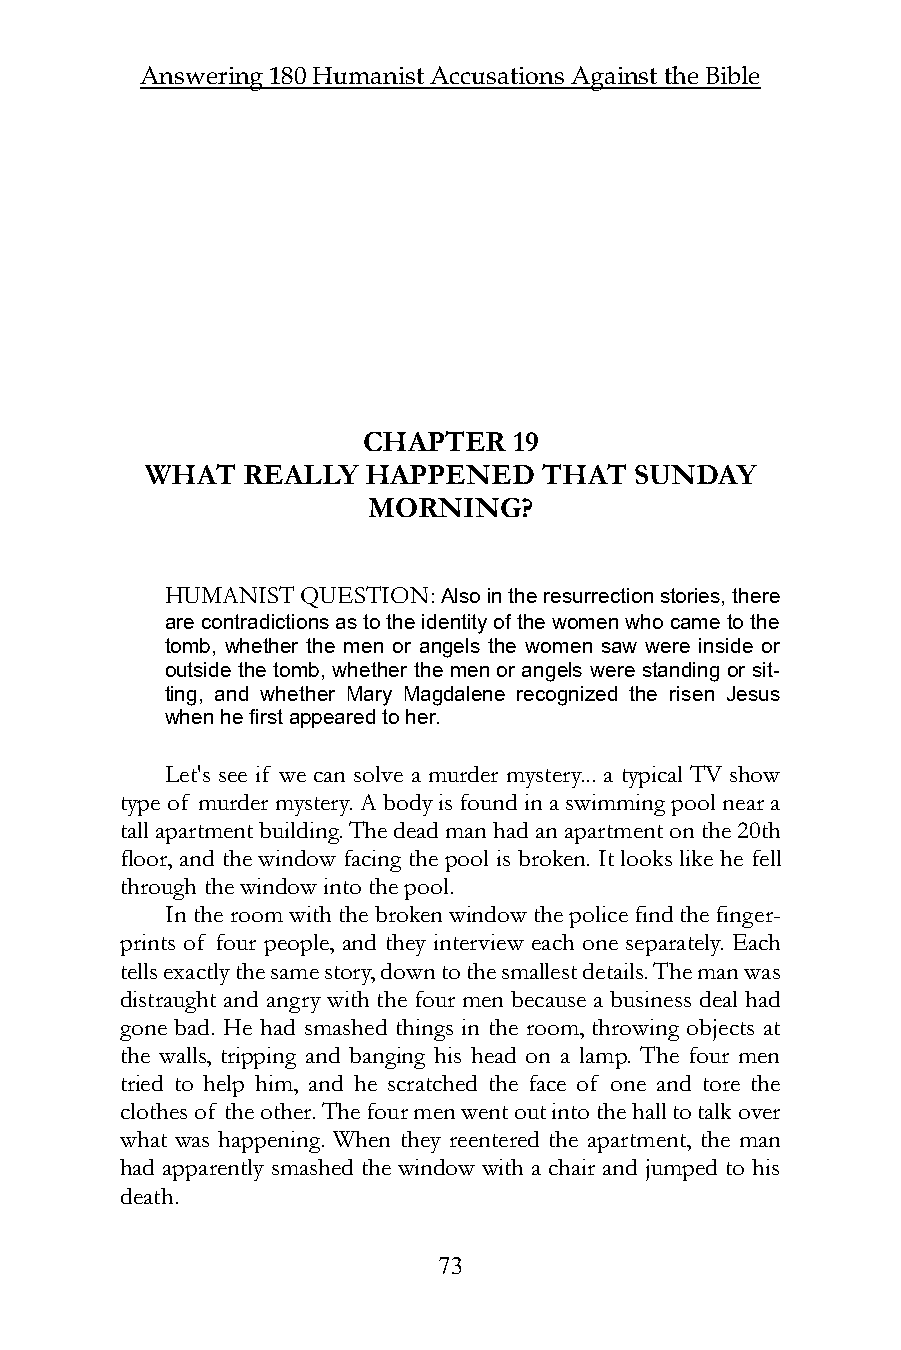
Answering 180 Humanist Accusations Against the Bible
 CHAPTER   19
 WHAT  REALLY  HAPPENED    THAT  SUNDAY
 MORNING?
 HUMANIST QUESTION: Also in the resurrection stories, there
 are contradictions as to the identity of the women who came to the
 tomb, whether the men or angels the women saw were inside or
 outside the tomb, whether the men or angels were standing or sit-
 ting, and whether Mary Magdalene recognized the risen Jesus
 when he first appeared to her.
 Let's see if we can solve a murder mystery... a typical TV show
 type of murder mystery. A body is found in a swimming pool near a
 tall apartment building. The dead man had an apartment on the 20th
 floor, and the window facing the pool is broken. It looks like he fell
 through the window into the pool.
 In the room with the broken window the police find the finger-
 prints of four people, and they interview each one separately. Each
 tells exactly the same story, down to the smallest details. The man was
 distraught and angry with the four men because a business deal had
 gone bad. He had smashed things in the room, throwing objects at
 the walls, tripping and banging his head on a lamp. The four men
 tried to help him, and he scratched the face of one and tore the
 clothes of the other. The four men went out into the hall to talk over
 what was happening. When they reentered the apartment, the man
 had apparently smashed the window with a chair and jumped to his
 death.
 73